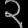
Digit: ၃